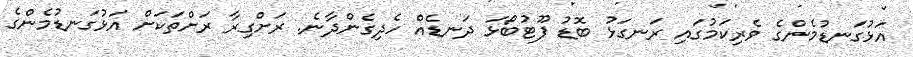
އަޅުގަނޑުމެންގެ ވެރިކަމުގައި ރަނގަޅު ބޮޑު ފޫޓުބޯޅަ ދަނޑެއް ހެދިގެންދާނެ. ރަށްގިރާ ރަށްތަކަށް އަޅުގަނޑުމެންގެ